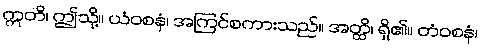
ဣတိ၊ ဤသို့။ ယံဝစနံ၊ အကြင်စကားသည်။ အတ္ထိ၊ ရှိ၏။ တံဝစနံ၊